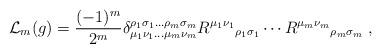
LaTeX: \begin{align*}\mathcal{L}_m(g)=\frac{(-1)^m}{2^{m}}\delta_{\mu_1\nu_1\ldots\mu_m\nu_m}^{\rho_1\sigma_1\ldots\rho_m\sigma_m}{R^{\mu_1\nu_1}}_{\rho_1\sigma_1}\cdots{R^{\mu_m\nu_m}}_{\rho_m\sigma_m}\;,\end{align*}